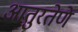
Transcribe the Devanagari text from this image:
आतुरतेणे